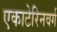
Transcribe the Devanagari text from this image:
एकाटेरिनवर्ग